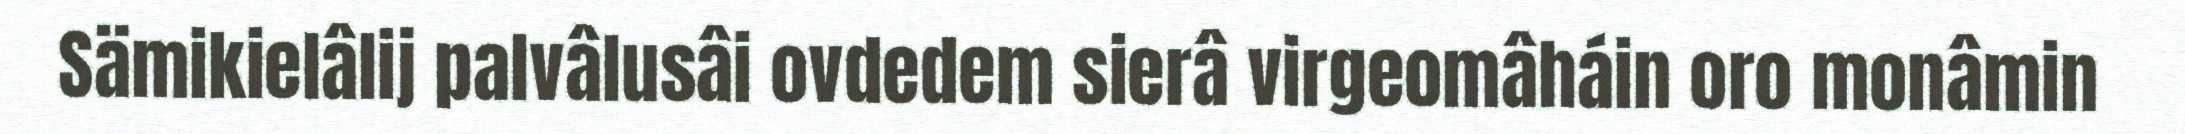
Sämikielâlij palvâlusâi ovdedem sierâ virgeomâháin oro monâmin